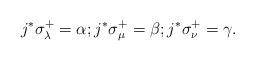
LaTeX: \begin{align*}j^* \sigma^+_\lambda = \alpha; j^* \sigma^+_\mu=\beta; j^* \sigma^+_\nu=\gamma.\end{align*}